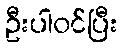
ဦးပါဝင်ပြီး